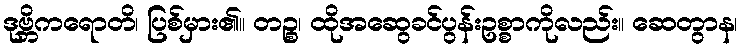
ဒုဗ္ဘိကရောတိ၊ ပြစ်မှား၏။ တဉ္စ၊ ထိုအဆွေခင်ပွန်းဥစ္စာကိုလည်း။ ဆေတွာန၊